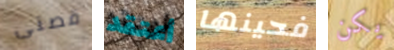
قصتى أعتقد فحينها يكن